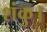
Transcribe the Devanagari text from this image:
शंकु।